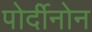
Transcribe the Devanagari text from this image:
पोर्दीनोन